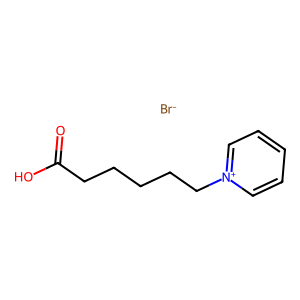
SMILES: O=C(O)CCCCC[n+]1ccccc1.[Br-]
Inhibits HIV replication: No